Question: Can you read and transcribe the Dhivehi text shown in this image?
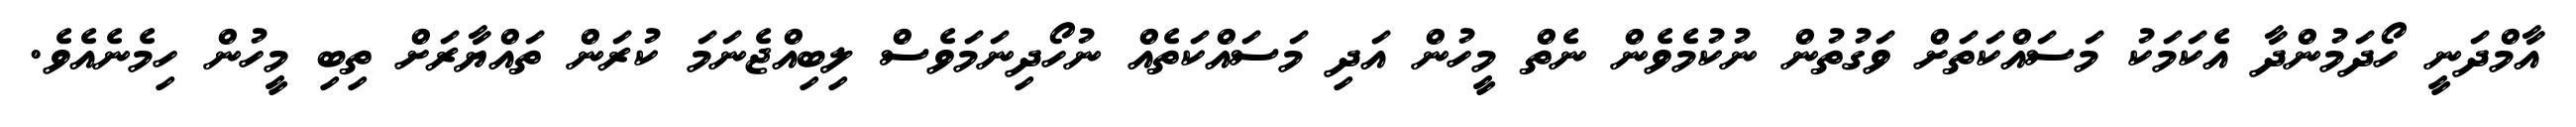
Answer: އާމްދަނީ ހޯދަމުންދާ އެކަމަކު މަސައްކަތަށް ވަގުތުން ނުކުމެވެން ނެތް މީހުން އަދި މަސައްކަތެއް ނުހޯދިނަމަވެސް ލިބިއްޖެނަމަ ކުރަން ތައްޔާރަށް ތިބި މީހުން ހިމެނެއެވެ.